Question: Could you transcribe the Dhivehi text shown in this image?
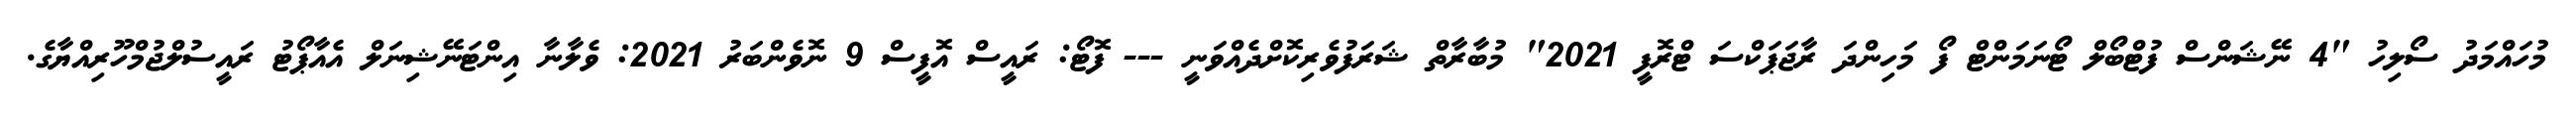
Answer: މުހައްމަދު ސޯލިހު "4 ނޭޝަންސް ފުޓްބޯލް ޓޯނަމަންޓް ފޯ މަހިންދަ ރާޖަޕަކްސަ ޓްރޮފީ 2021" މުބާރާތް ޝަރަފުވެރިކޮށްދެއްވަނީ --- ފޮޓޯ: ރައީސް އޮފީސް 9 ނޮވެންބަރު 2021: ވެލާނާ އިންޓަނޭޝިނަލް އެއާޕޯޓު ރައީސުލްޖުމްހޫރިއްޔާގެ.